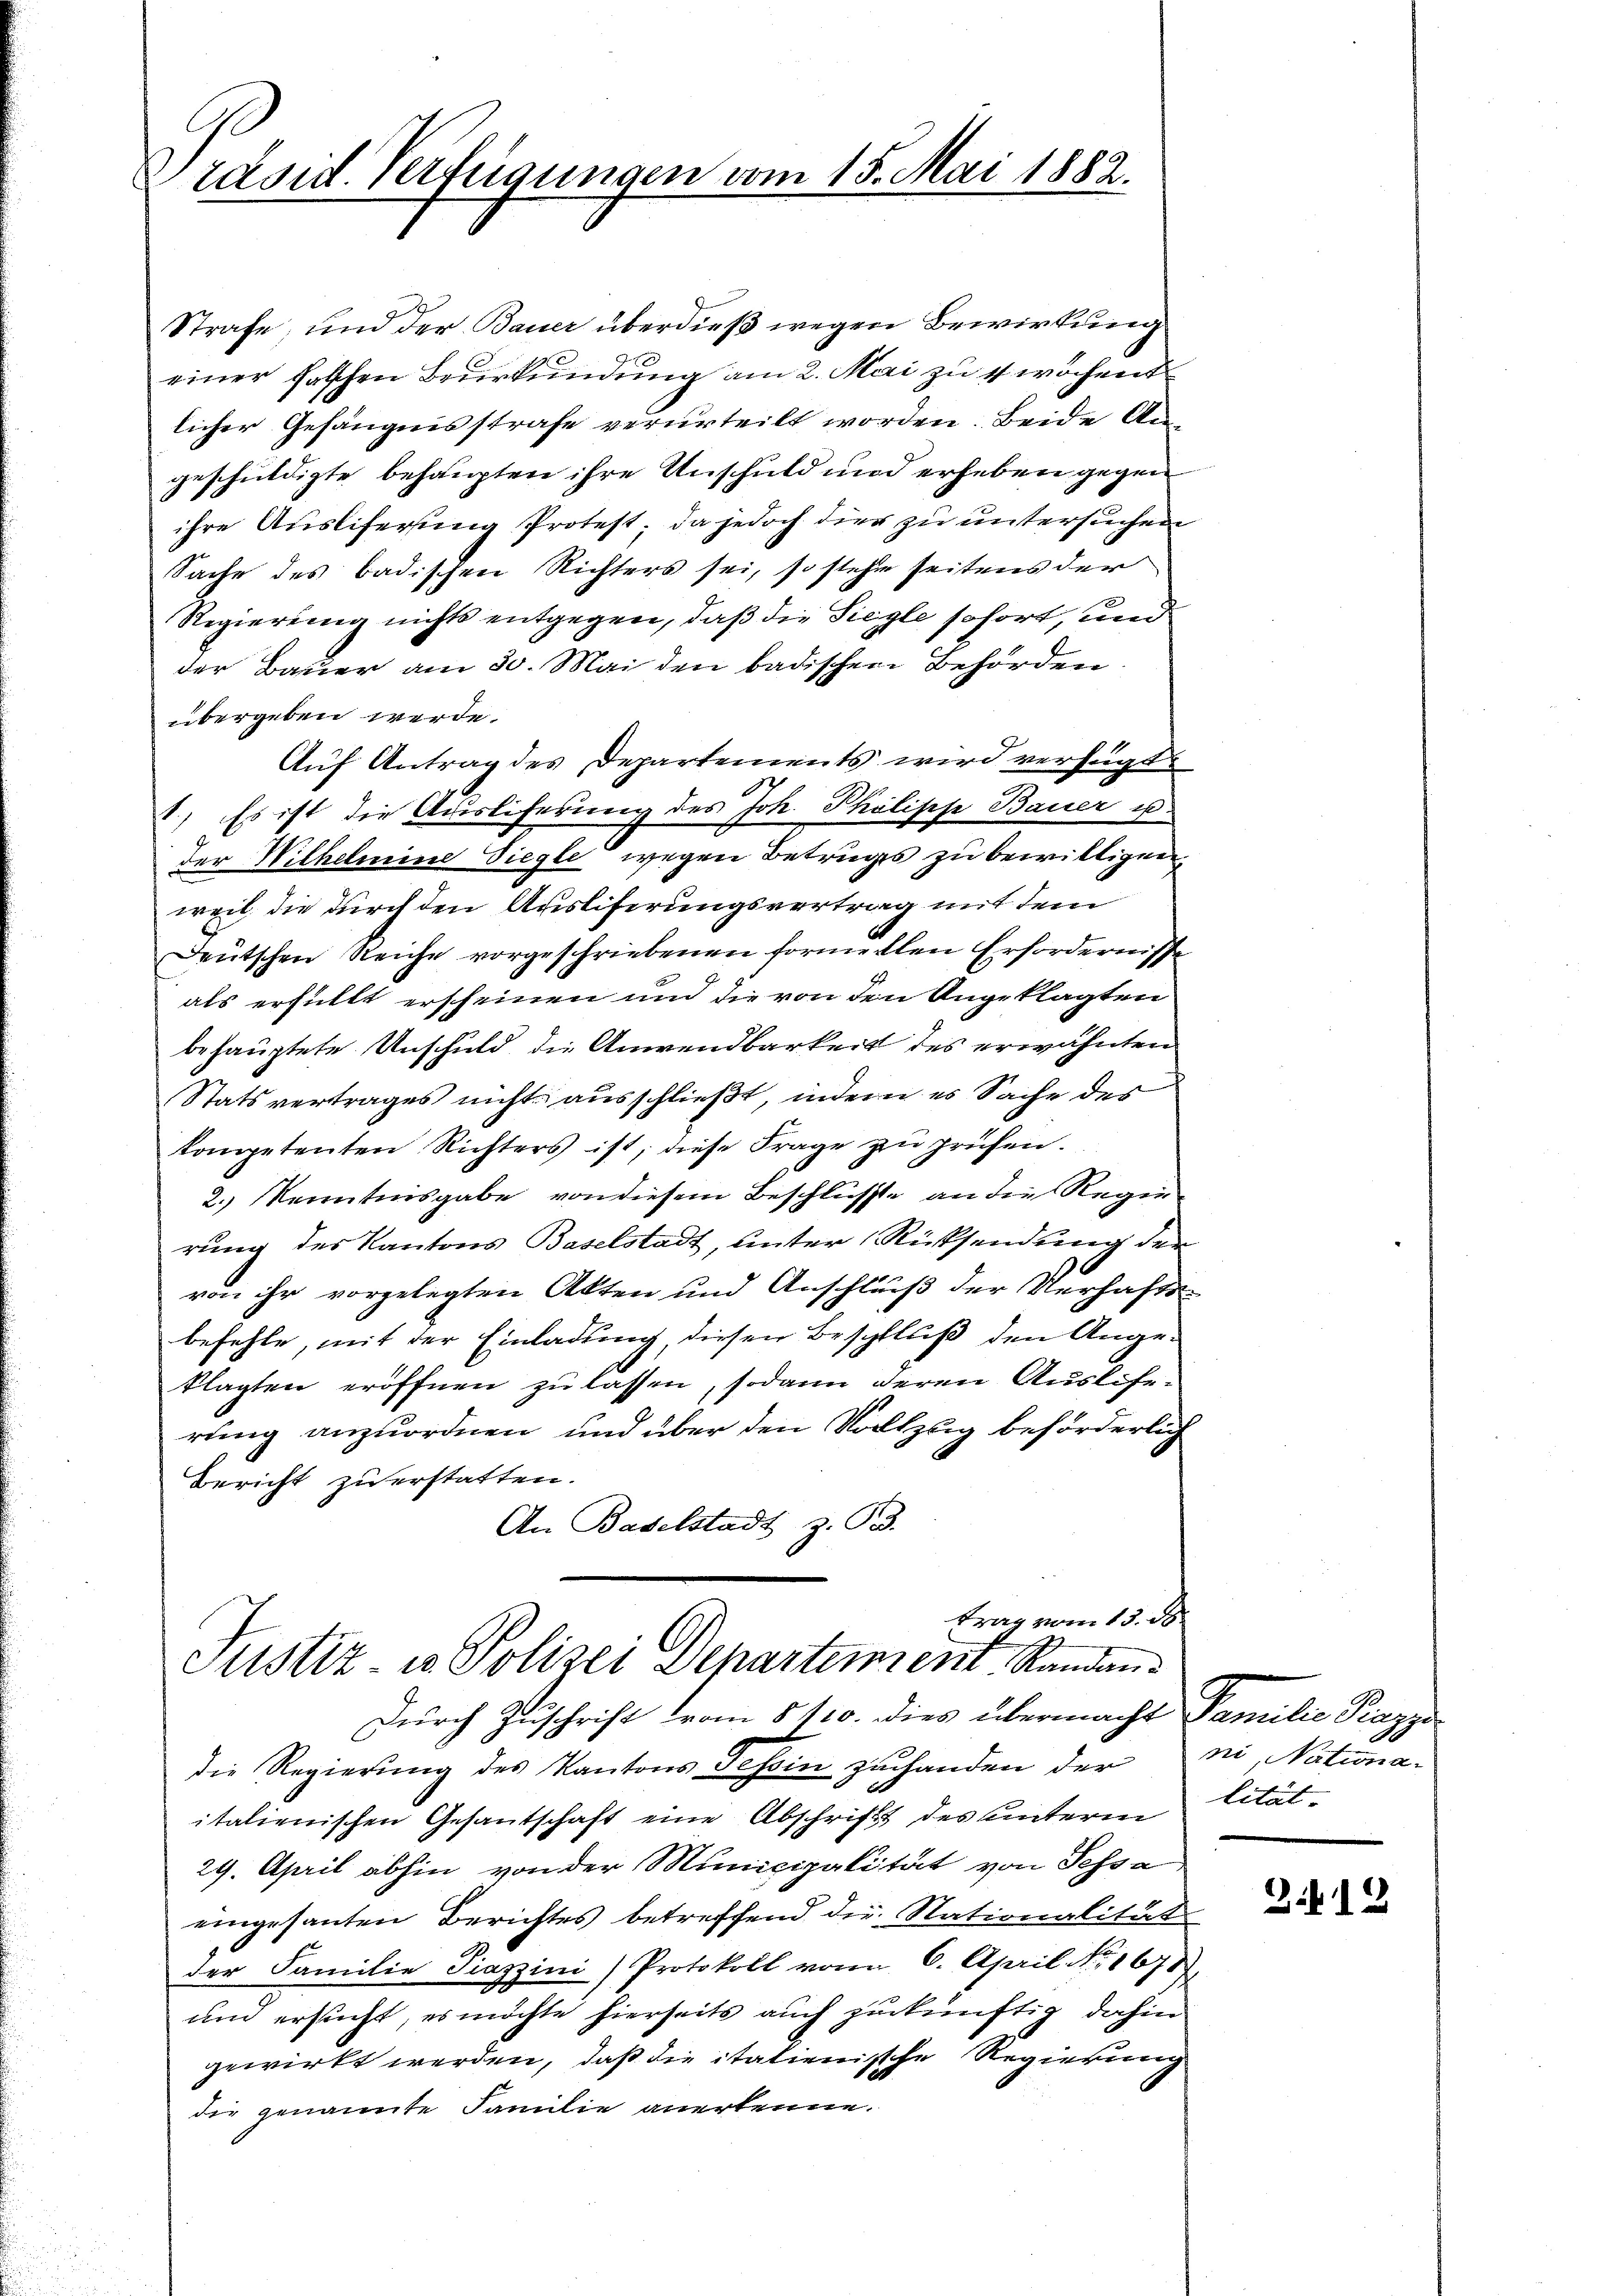
räsid. Verfügungen vom 15. Mai 1882.

Strafe, und der Bauer überdieß wegen Bewirkung
9
einer falschen Beurkundung am 2. Mai zu 4 wöchent
licher Gefängnisstrafe verurteilt worden. Beide Angeschuldigte behaupten ihre Anschuld und erheben gegen
ihre Ausliferung Protest; da jedoch dies zu untersuchen
Sache des Badischen Richters sei, so stehe seitens der
Regierung nichts entgegen, daß die Siegle sofort, und
der Bauer am 30. Mai den badischen Behörden.
übergeben werde.
Aŭf Antrag des Departements wird verfügt:
1) Es ist die Auslieferung des Joh. Philische Bauer us
der Wilhelmine Siegle wegen Betrugs zu bewilligen,
weil, die durch den Ausliferungsvertrag mit dem
Deutschen Reiche vorgeschriebenen formellen Erfordernisse
als erfüllt erscheinen und die von den Angeklagten
behauptete Anschuld die Anwendbarkeit des erwähnten
Stats vertrages nicht ausschließt, indem es Sache des
kompetenten Richters ist, diese Frage zu prüfen.
2.) Kenntnisgabe von diesem Beschlüsse an die Regen
rung des Kantons Baselstadt, unter Rücksendung der
von ihr vorgelegten Akten und Anschluß der Verhaftsbefehle, mit der Einladung, diesen Beschluß den Angeklagten eröffnen zu lassen, sodann deren Auslierung anzuordnen und über den Vollzug beförderlich
Bericht zuerstatten.
An Baselstadt z. 93.

trag vom 13. d.
Justiz- u Polizei Departement Standen.

Durch Zuschrift vom 8/10. dies übermacht Familie Piazza
die Regierung des Kantons Tessin zuhanden der ni, Nationaitalienischen Gesantschaft eine Abschrift des hinterm
29. April abhin von der Municipalität von Tessa
eingesanten Berichtes betreffend die Nationalität
der Familie Piazzini Protokoll von 6. April Nr. 1678
um ersucht, es möchte hierseits auch zukünftig dahin
gewirkt werden, daß die italienische Regierung
die genannte Familie anerkenne.

lität. |

Z.12